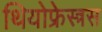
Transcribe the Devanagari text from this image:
थियोफ्रेस्त्रस